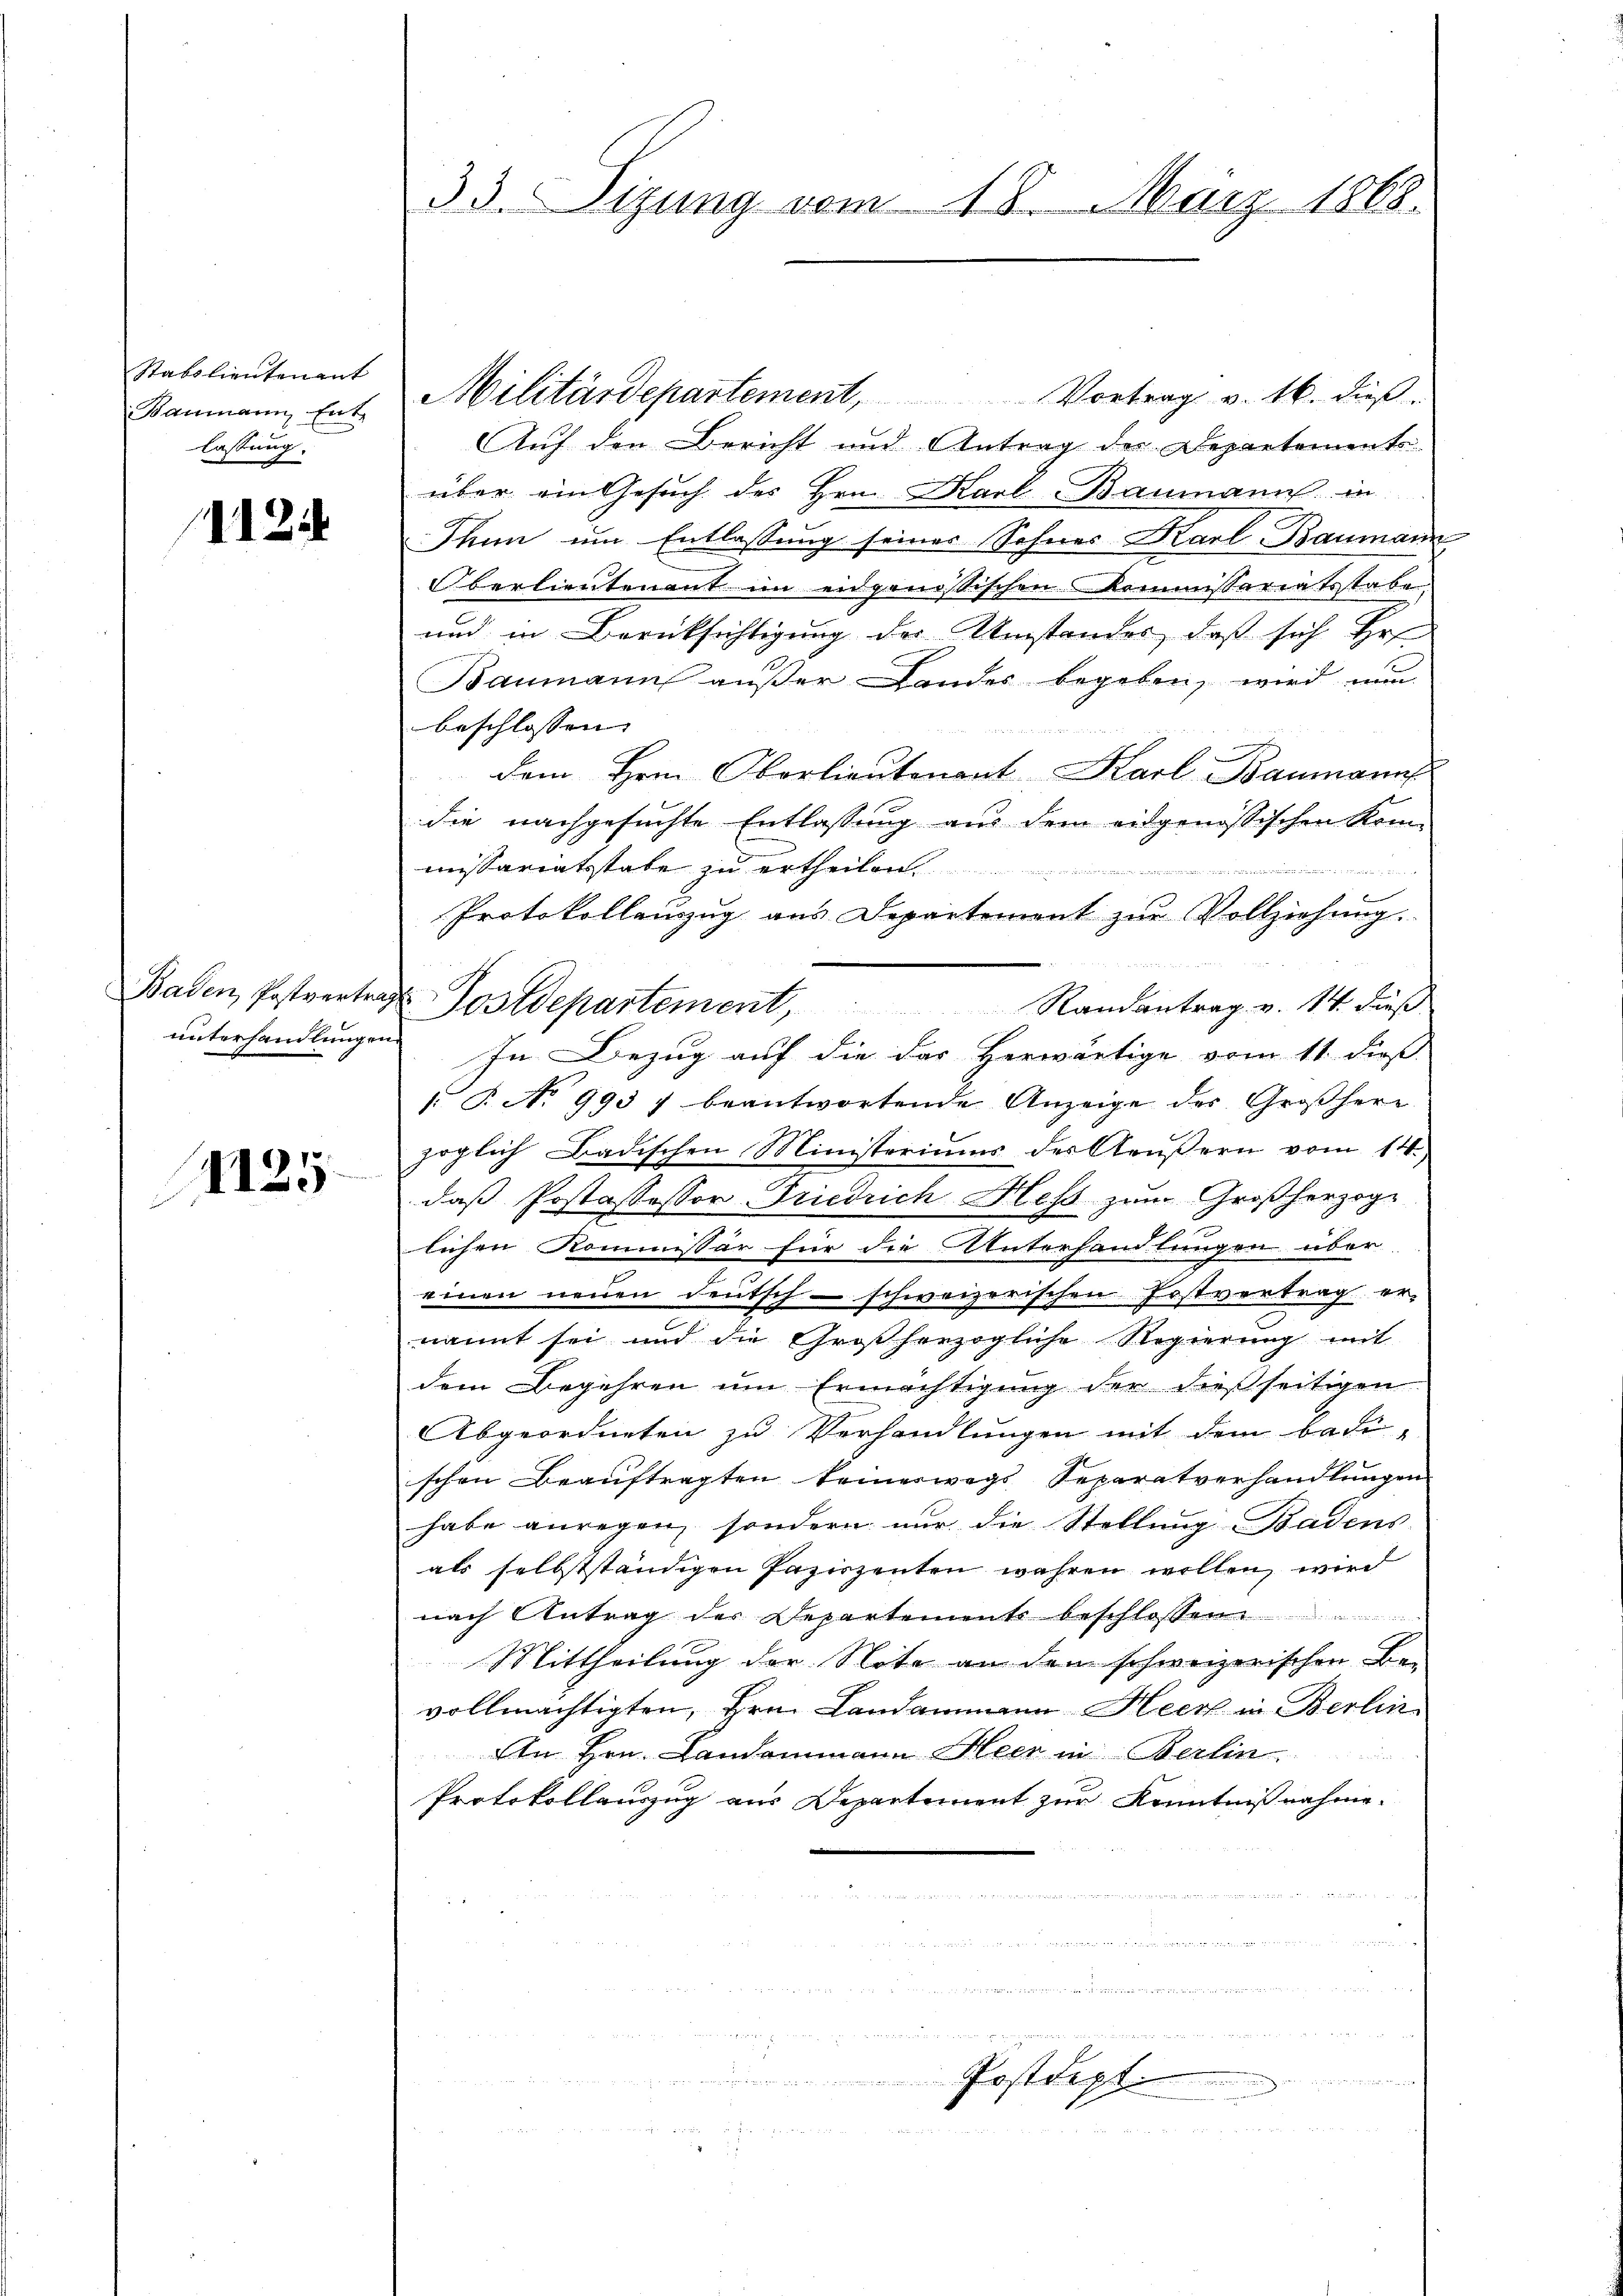
Stabolieutenant
lassung.

1124

Baden, Postverte
unterhandlungen.

1125

Auf den Bericht und Antrag der Departements
über ein Gesuch des Hrn. Karl Baumann in
Thun um Entlassung seines Sohnes Karl Baumann
Oberlieutenant im eidgenössischen Kommissariatsstabe
und in Berücksichtigung der Umstandes, daß sich Hr
Baumann außer Landes begeben, wird nun
beschlossen. |
dem Hrn. Oberlieutenant Karl Baumanns
die nachgesuchte Entlassung aus dem eidgenössischen Kon-
missariatsstate zu ertheilen.
,inden
r
Protokollanzzug aus Departement zur Vollziehung.
 Postdepartement, Randantrag v. 14. dieβ
E
In Bezug auf die das Herwärtige vom 11. dieß
. P. No 993 7 beantwortende Anzeige der Großherr
zöglich Badischen Ministeriums der Aeußern vom 14.,
daß Jostossessor Friedrich Hess zum Großherzoge
lichen Kommissär für die Unterhandlungen über
einen neuen Deutsch - schweizerischen Fostvertrag ernannt sei und die Großherzogliche Regierung mit
dem Begehren um Ermächtigung der dießseitigen
Abgeordneten zu Verhandlungen mit dem Badi-
schen Beauftragten keineswegs Separatverhandlungen
habe anregen, sondern nur die Stellung Badens-
als selbstständigen Paziszenten wahren wollen, wird
nach Antrag der Departements beschlossen ............................
Mittheilung der Note an dem schweizerischen Be-
vollmächtigten, Hrn. Landammann Heck in Berlin¬
An Hrn. Landammann Heer in Berlin
Protokollauszug aus Departement zur Kenntnißnahme-
art
.

Posten

33. Sizung vom 18. März 1868.

Baumann Ent Militärdepartement, Vortrag v. 16. dieβ.

e